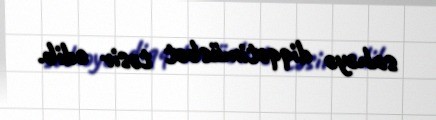
sahəyə diqqətimüsbət təsir edib.